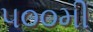
૫૦૦મી